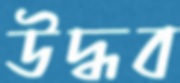
উদ্ধব